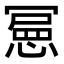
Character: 𭞌